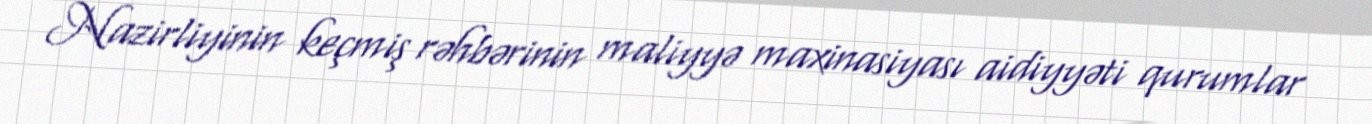
Nazirliyinin keçmiş rəhbərinin maliyyə maxinasiyası aidiyyəti qurumlar